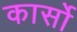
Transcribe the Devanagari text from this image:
कार्सो